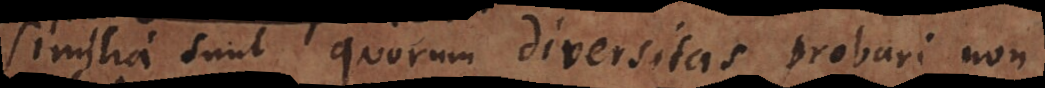
Similia sunt quorum diversitas probari non